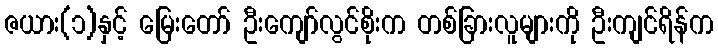
ဇယား(၁)နှင့် မြေးတော် ဦးကျော်လွင်စိုးက တစ်ခြားလူများကို ဦးကျင်ရိန်က